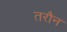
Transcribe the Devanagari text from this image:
तरौन